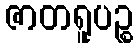
ဇာတရူပဉ္စ